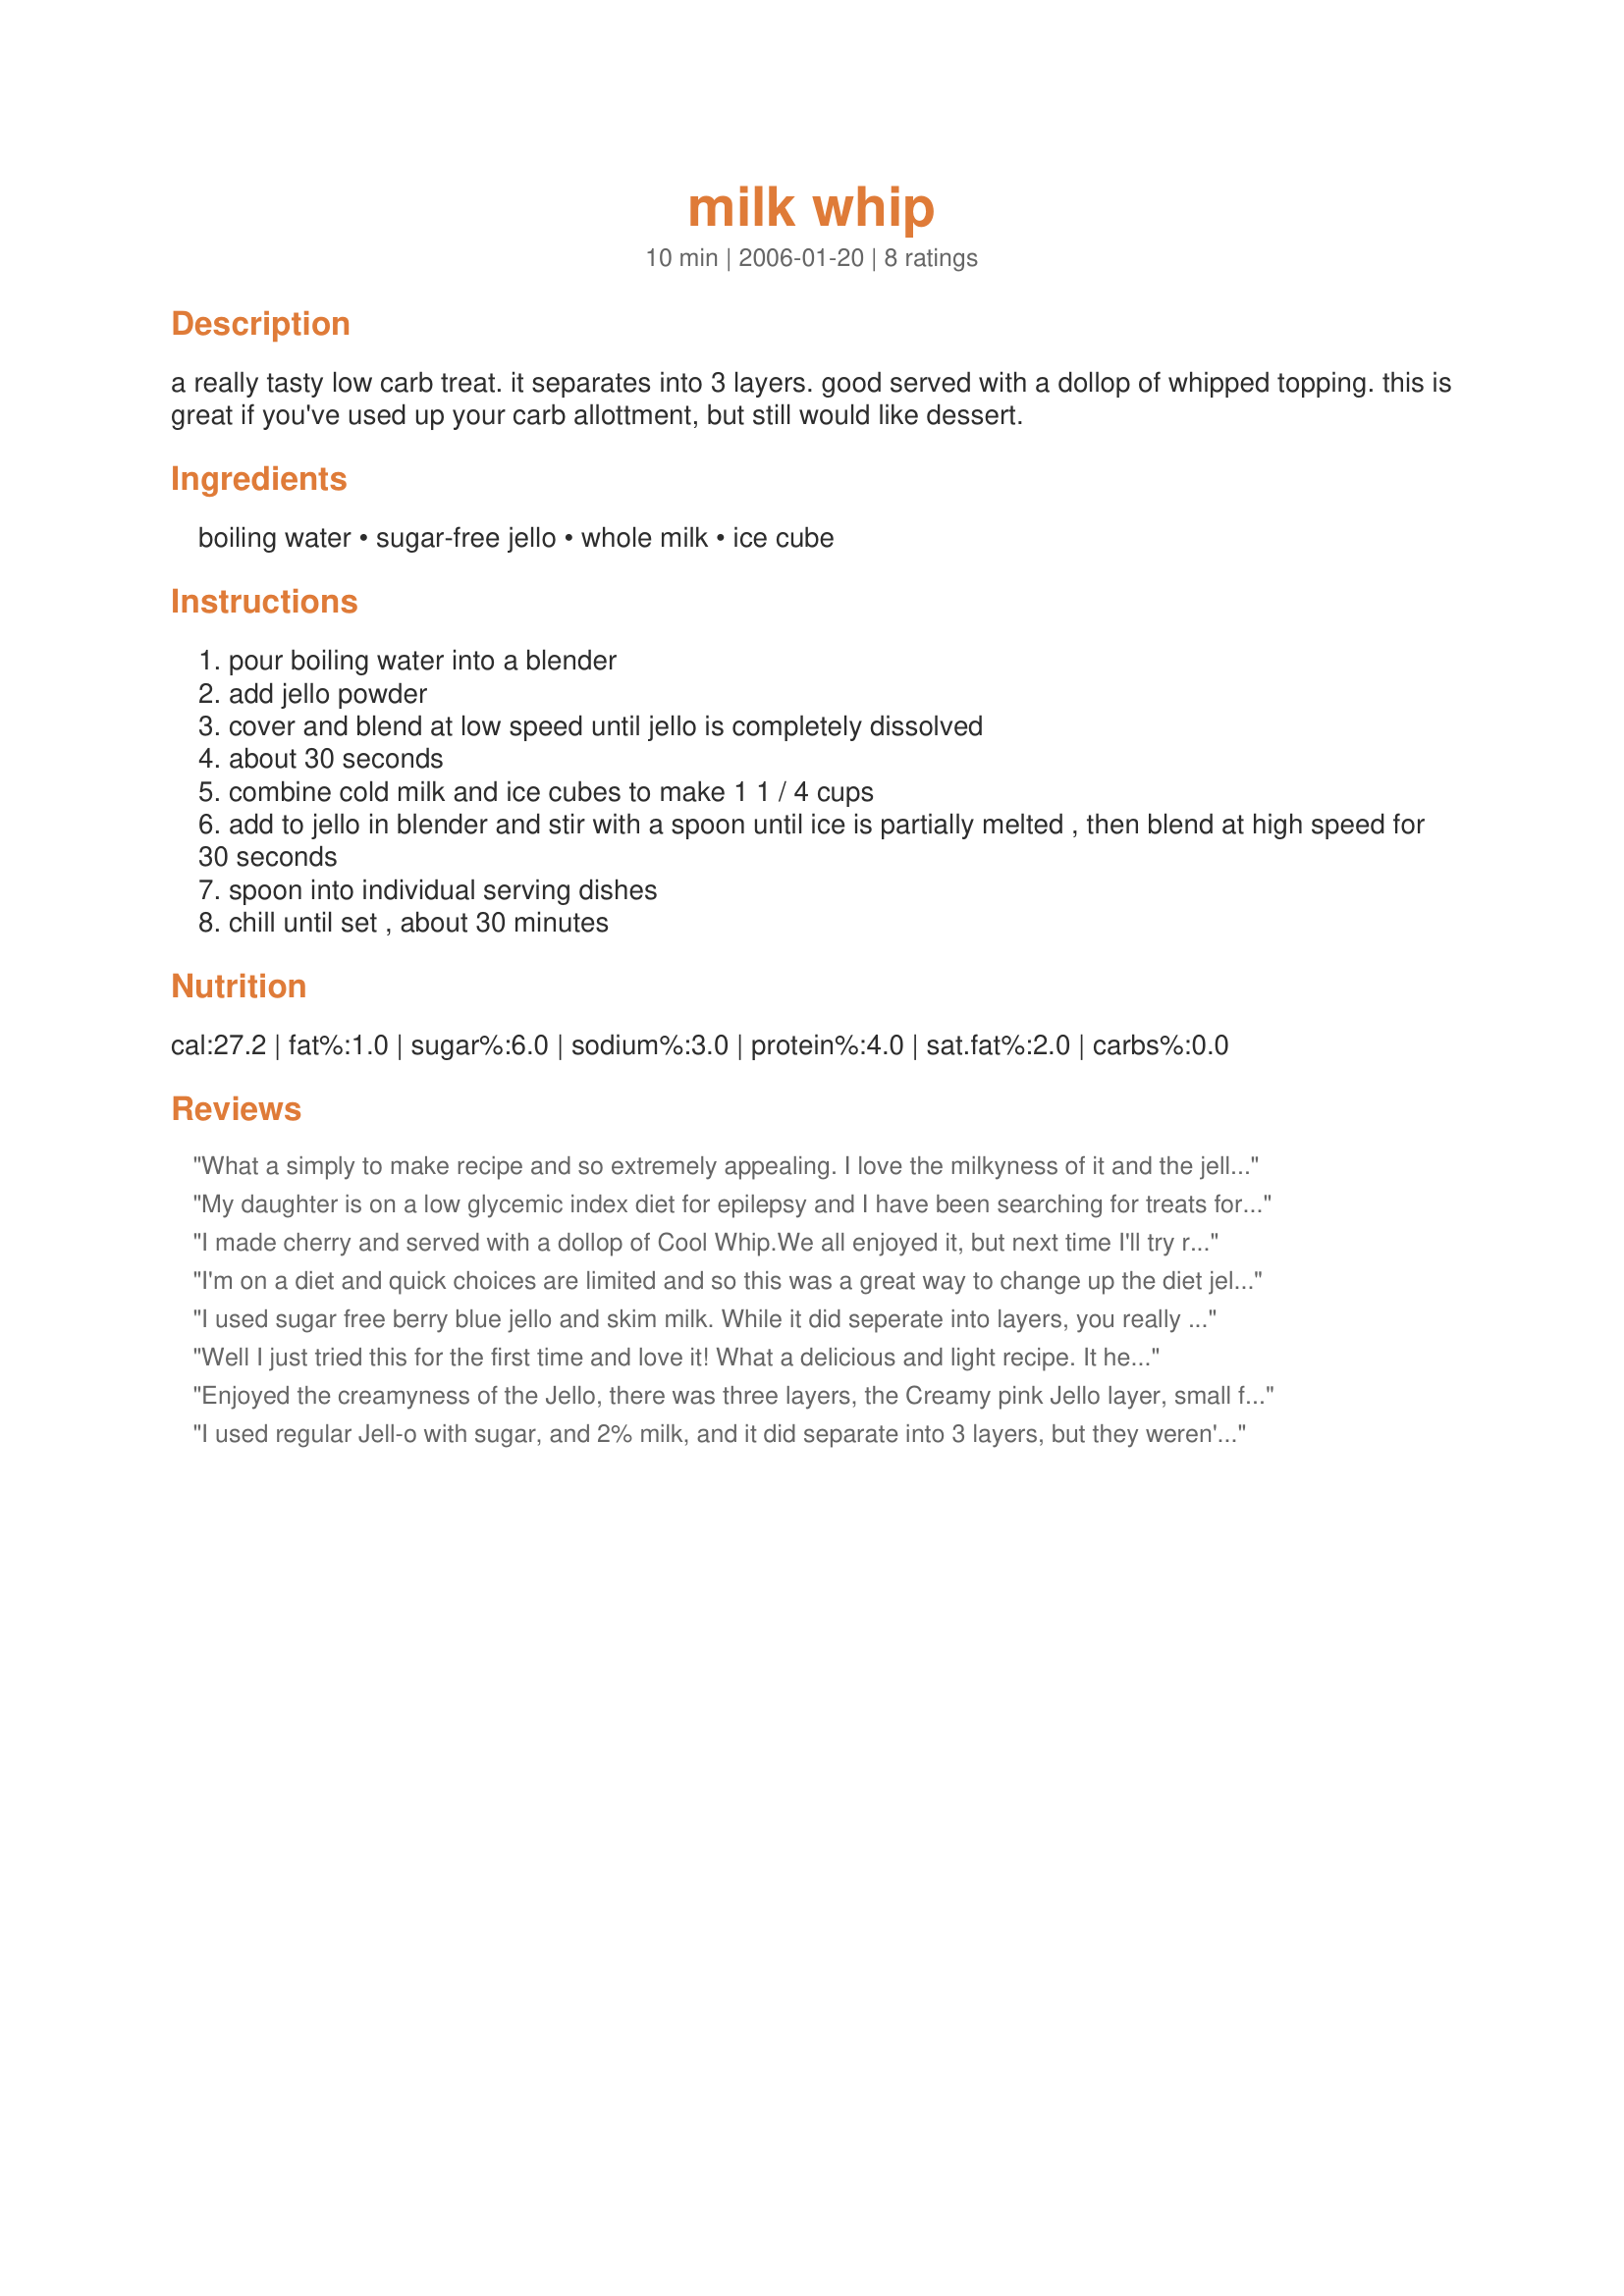
milk whip
Preparation time: 10 minutes

a really tasty low carb treat. it separates into 3 layers. good served with a dollop of whipped topping. this is great if you've used up your carb allottment, but still would like dessert.

Ingredients:
boiling water, sugar-free jello, whole milk, ice cube

Steps:
pour boiling water into a blender
add jello powder
cover and blend at low speed until jello is completely dissolved
about 30 seconds
combine cold milk and ice cubes to make 1 1 / 4 cups
add to jello in blender and stir with a spoon until ice is partially melted , then blend at high speed for 30 seconds
spoon into individual serving dishes
chill until set , about 30 minutes

Reviews:
What a simply to make recipe and so extremely appealing. I love the milkyness of it and the jello flavor (I chose strawberry sugar free/ff) was perfect. I have some ideas for other flavors like cherry and raspberry but think lemon might be a real winner. I'm suspecting it could be like a lemon chiffon. The addition of a little fruit might also be nice but I know it would add to the carb count. The carbs aren't as low as jello alone, but at least you get a little milk in your diet. I love it! A reall winner and fun to make.
My daughter is on a low glycemic index diet for epilepsy and I have been searching for treats for snacks for her. This is wonderful. I knew she liked it the first time I fed it to her when I couldn't feed it to her fast enough.
Although I must say - Blenders and Hot liquids are not a good combination - that gave me trouble - I had to remove the cap for adding additional ingredients to prevent too much steam buildup and liquid spitting everywhere each time I turned the blender on.
I made cherry and served with a dollop of Cool Whip.We all enjoyed it, but next time I'll try raspberry. 

Roxygirl
I'm on a diet and quick choices are limited and so this was a great way to change up the diet jello and get my calcium.
I used sugar free berry blue jello and skim milk. While it did seperate into layers, you really couldn't tell unless you knew to look for it. I actually thought it had sort of an odd spongy texture. But the kids loved it, so I'm settling on a 4. This was a great one to try! (We had great fun making it!) Thanks.
Well I just tried this for the first time and love it! What a delicious and light recipe. It helped me with my sugar need and it was so tasty. Great recipe and thanks for sharing.
Enjoyed the creamyness of the Jello, there was three layers, the Creamy pink Jello layer, small frothy layer of white and a small frothy layer of pink. A nice light dessert, or snack. Also enjoyed by my two sons and grandson.
I used regular Jell-o with sugar, and 2% milk, and it did separate into 3 layers, but they weren't that distinct. Maybe I blended it too long.
